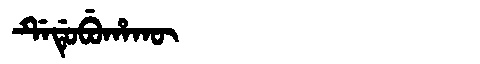
Manchu: ᡩᡝᡩᡠᠪᡠᡥᠠᡴᡡ
Romanization: DEDUBUHAKŪ